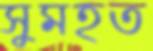
সুমহত